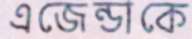
এজেন্ডাকে